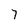
Character: 7